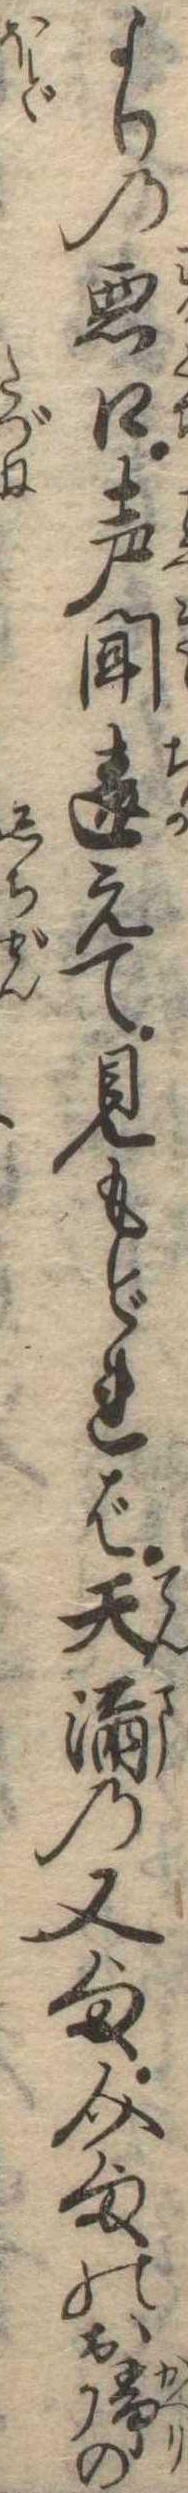
よりの悪口声聞違えて見もどれば天満の又様介様のお帰の